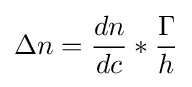
\Delta n={\frac {dn}{dc}}*{\frac {\Gamma }{h}}